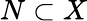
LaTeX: N\subset X